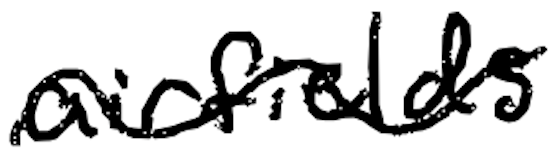
Text: airfields
Cross-out: wave
Writing tool: digital_black